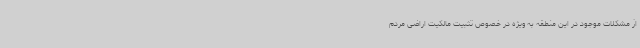
از مشکلات موجود در این منطقه به ویژه در خصوص تثبیت مالکیت اراضی مردم